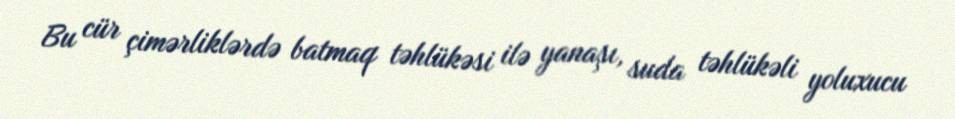
Bu cür çimərliklərdə batmaq təhlükəsi ilə yanaşı, suda təhlükəli yoluxucu